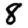
Digit: 8